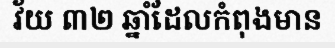
វ័យ ៣២ ឆ្នាំដែលកំពុងមាន